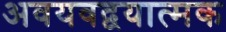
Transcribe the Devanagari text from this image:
अवयवद्वयात्मक